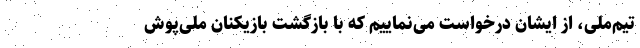
تیم‌ملی، از ایشان درخواست می‌نماییم که با بازگشت بازیکنان ملی‌پوش